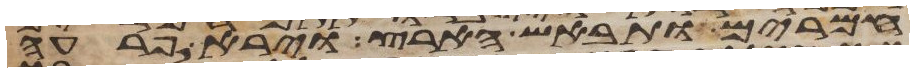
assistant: חמרים ותבאש הארץ וירא פרעה